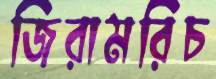
জিরামরিচ